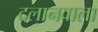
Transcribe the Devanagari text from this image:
दलानवाला